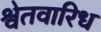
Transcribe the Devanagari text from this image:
श्वेतवारिध